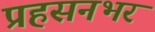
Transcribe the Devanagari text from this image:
प्रहसनभर